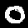
Digit: 0